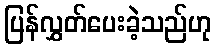
ပြန်လွှတ်ပေးခဲ့သည်ဟု